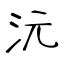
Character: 沅